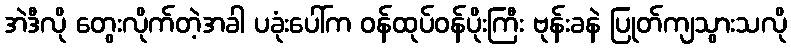
အဲဒီလို တွေးလိုက်တဲ့အခါ ပခုံးပေါ်က ဝန်ထုပ်ဝန်ပိုးကြီး ဗုန်းခနဲ ပြုတ်ကျသွားသလို